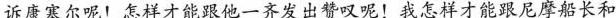
?诉康塞尔呢！怎样才能跟他一齐发出赞叹呢！我怎样才能跟尼摩船长和